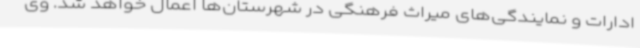
ادارات و نمایندگی‌های میراث فرهنگی در شهرستان‌ها اعمال خواهد شد. وی